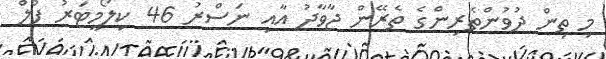
މި ތިން ދުވުންތެރިންގެ ތެރޭން ޖާވާދު އާއި ނަސްރު 46 ކިލޯމީޓަރު ފުލް